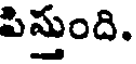
పిస్తుంది.